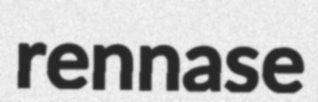
rennase